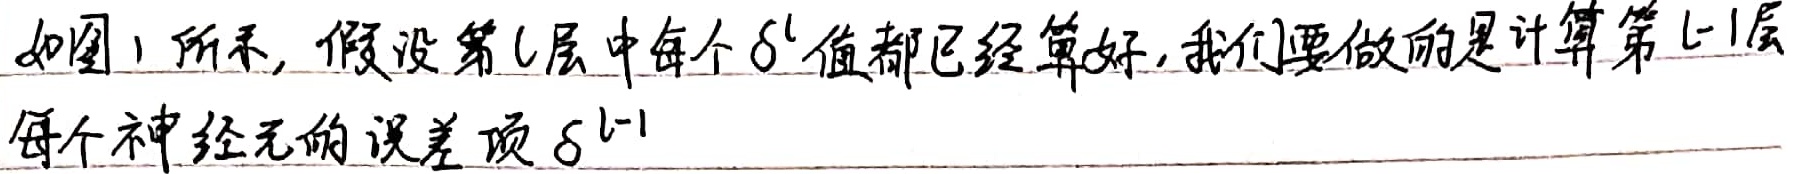
如图1所示，假设第$l$层中每个$\delta^{l}$值都已经算好，我们要做的是计算第$l - 1$层每个神经元的误差项$\delta^{l - 1}$ 。